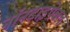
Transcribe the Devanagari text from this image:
नॉनटाइपेबल